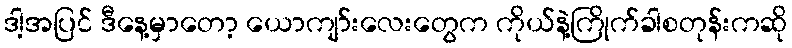
ဒါ့အပြင် ဒီနေ့မှာတော့ ယောကျာ်းလေးတွေက ကိုယ်နဲ့ကြိုက်ခါစတုန်းကဆို